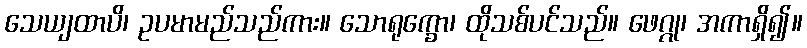
သေယျထာပိ၊ ဥပမာမည်သည်ကား။ သောရုက္ခော၊ ထိုသစ်ပင်သည်။ ဖေဂ္ဂု၊ အကာရှိ၍။